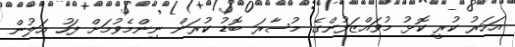
އަހަރު ކުރީ ކޮޅު މުވައްޒަފުންގެ މުސާރަ ބޮޑު ކުރަން ނިންމެވުމަށް ފަހު އަލުން